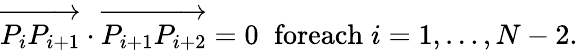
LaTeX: \overrightarrow{P_{i}P_{i+1}}\cdot\overrightarrow{P_{i+1}P_{i+2}}=0\; \; \textrm{foreach}\; i=1,\dots,N-2.